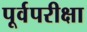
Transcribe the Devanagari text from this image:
पूर्वपरीक्षा